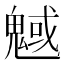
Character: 魊